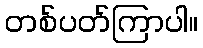
တစ်ပတ်ကြာပါ။